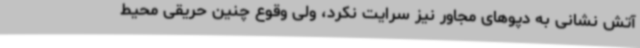
آتش نشانی به دپوهای مجاور نیز سرایت نکرد، ولی وقوع چنین حریقی محیط